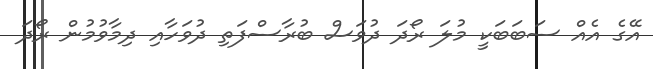
އޭގެ އެއް ސަބަބަކީ މުލަ ރޯދަ ދުވަސް ބުރާސްފަތި ދުވަހާއި ދިމާވުމުން ރޯދަ